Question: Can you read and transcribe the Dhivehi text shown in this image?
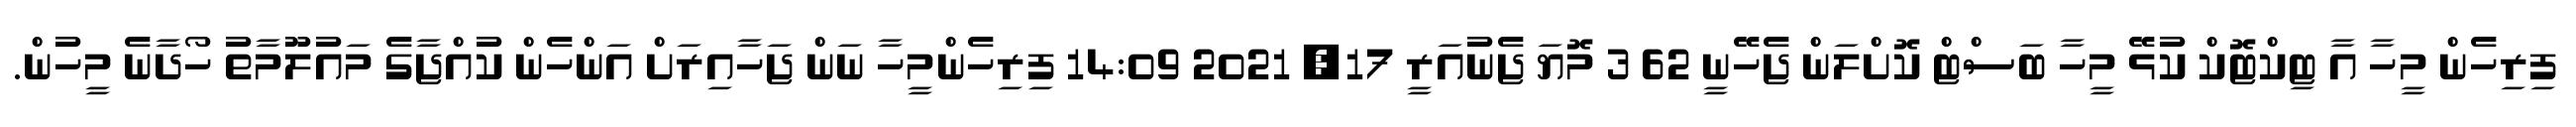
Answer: ފިރިހެން މީހާ އާ ޓިކްޓޮކް ކުޅޭ މީހާ ބަސްޓް ކޮށްލަން ޖެހޭނީ 62 3 މޮޔަ ޖެނުއަރީ 17, 2021 14:09 ފިރިހެންމީހާ ނަން ޖަހާއިރަށް އަންހެން ކުއްޖާގެ މައުލޫމާތު ހޯދާނެ މީހުން.